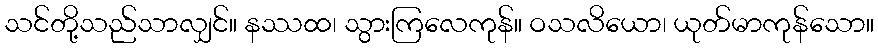
သင်တို့သည်သာလျှင်။ နဿထ၊ သွားကြလေကုန်။ ဝသလိယော၊ ယုတ်မာကုန်သော။